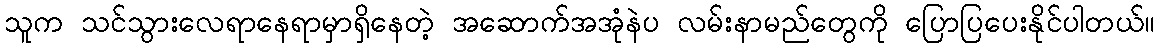
သူက သင်သွားလေရာနေရာမှာရှိနေတဲ့ အဆောက်အအုံနဲပ လမ်းနာမည်တွေကို ပြောပြပေးနိုင်ပါတယ်။